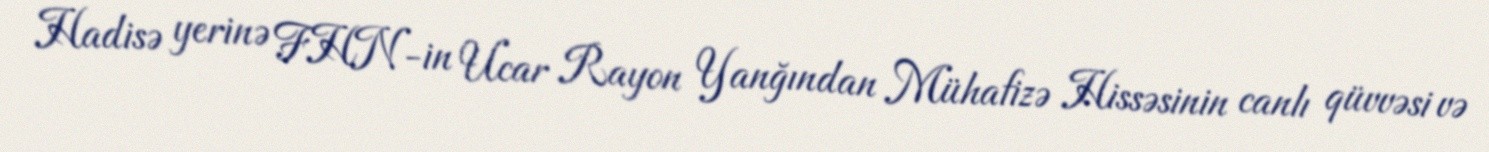
Hadisə yerinə FHN-in Ucar Rayon Yanğından Mühafizə Hissəsinin canlı qüvvəsi və